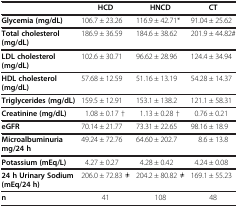
<table><thead><tr><td><b> </b></td><td><b>HCD</b></td><td><b>HNCD</b></td><td><b>CT</b></td></tr></thead><tbody><tr><td><b>Glycemia (mg/dL)</b></td><td>106.7 ± 23.26</td><td>116.9 ± 42.71*</td><td>91.04 ± 25.62</td></tr><tr><td><b>Total cholesterol (mg/dL)</b></td><td>186.9 ± 36.59</td><td>184.6 ± 38.62</td><td>201.9 ± 44.82#</td></tr><tr><td><b>LDL cholesterol (mg/dL)</b></td><td>102.6 ± 30.71</td><td>96.62 ± 28.96</td><td>124.4 ± 34.94</td></tr><tr><td><b>HDL cholesterol (mg/dL)</b></td><td>57.68 ± 12.59</td><td>51.16 ± 13.19</td><td>54.28 ± 14.37</td></tr><tr><td><b>Triglycerides (mg/dL)</b></td><td>159.5 ± 12.91</td><td>153.1 ± 138.2</td><td>121.1 ± 58.31</td></tr><tr><td><b>Creatinine (mg/dL)</b></td><td>1.08 ± 0.17 †</td><td>1.13 ± 0.28 †</td><td>0.76 ± 0.21</td></tr><tr><td><b>eGFR</b></td><td>70.14 ± 21.77</td><td>73.31 ± 22.65</td><td>98.16 ± 18.9</td></tr><tr><td><b>Microalbuminuria mg/24 h</b></td><td>49.24 ± 72.76</td><td>64.60 ± 202.7</td><td>8.6 ± 13.8</td></tr><tr><td><b>Potassium (mEq/L)</b></td><td>4.27 ± 0.27</td><td>4.28 ± 0.42</td><td>4.24 ± 0.08</td></tr><tr><td><b>24 h Urinary Sodium (mEq/24 h)</b></td><td>206.0 ± 72.83 ≠</td><td>204.2 ± 80.82 ≠</td><td>169.1 ± 55.23</td></tr><tr><td><b>n</b></td><td>41</td><td>108</td><td>48</td></tr></tbody></table>